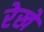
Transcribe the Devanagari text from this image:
रेखे